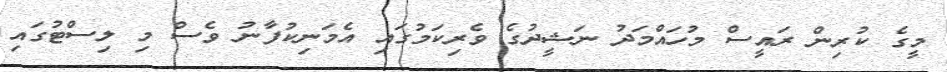
މީގެ ކުރިން ރައީސް މުހައްމަދު ނަޝީދުގެ ވެރިކަމުގައި އެމަނިކުފާނު ވެސް މި ލިސްޓުގައި